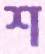
শ